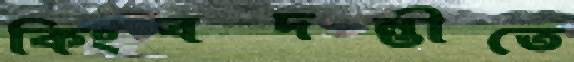
কিংবদন্তীতে